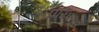
અપરિપકવ